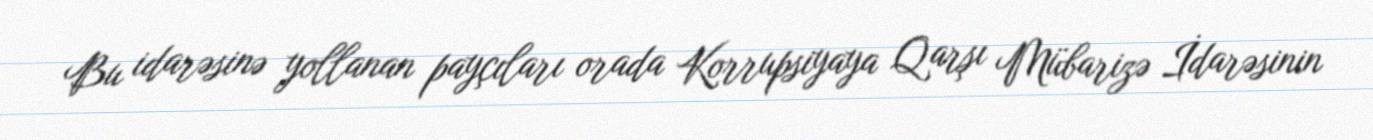
Bu idarəsinə yollanan payçıları orada Korrupsiyaya Qarşı Mübarizə İdarəsinin